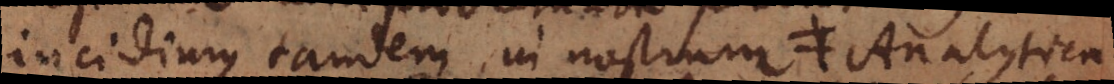
incidimus tandem in nostrum ≠ Analytica